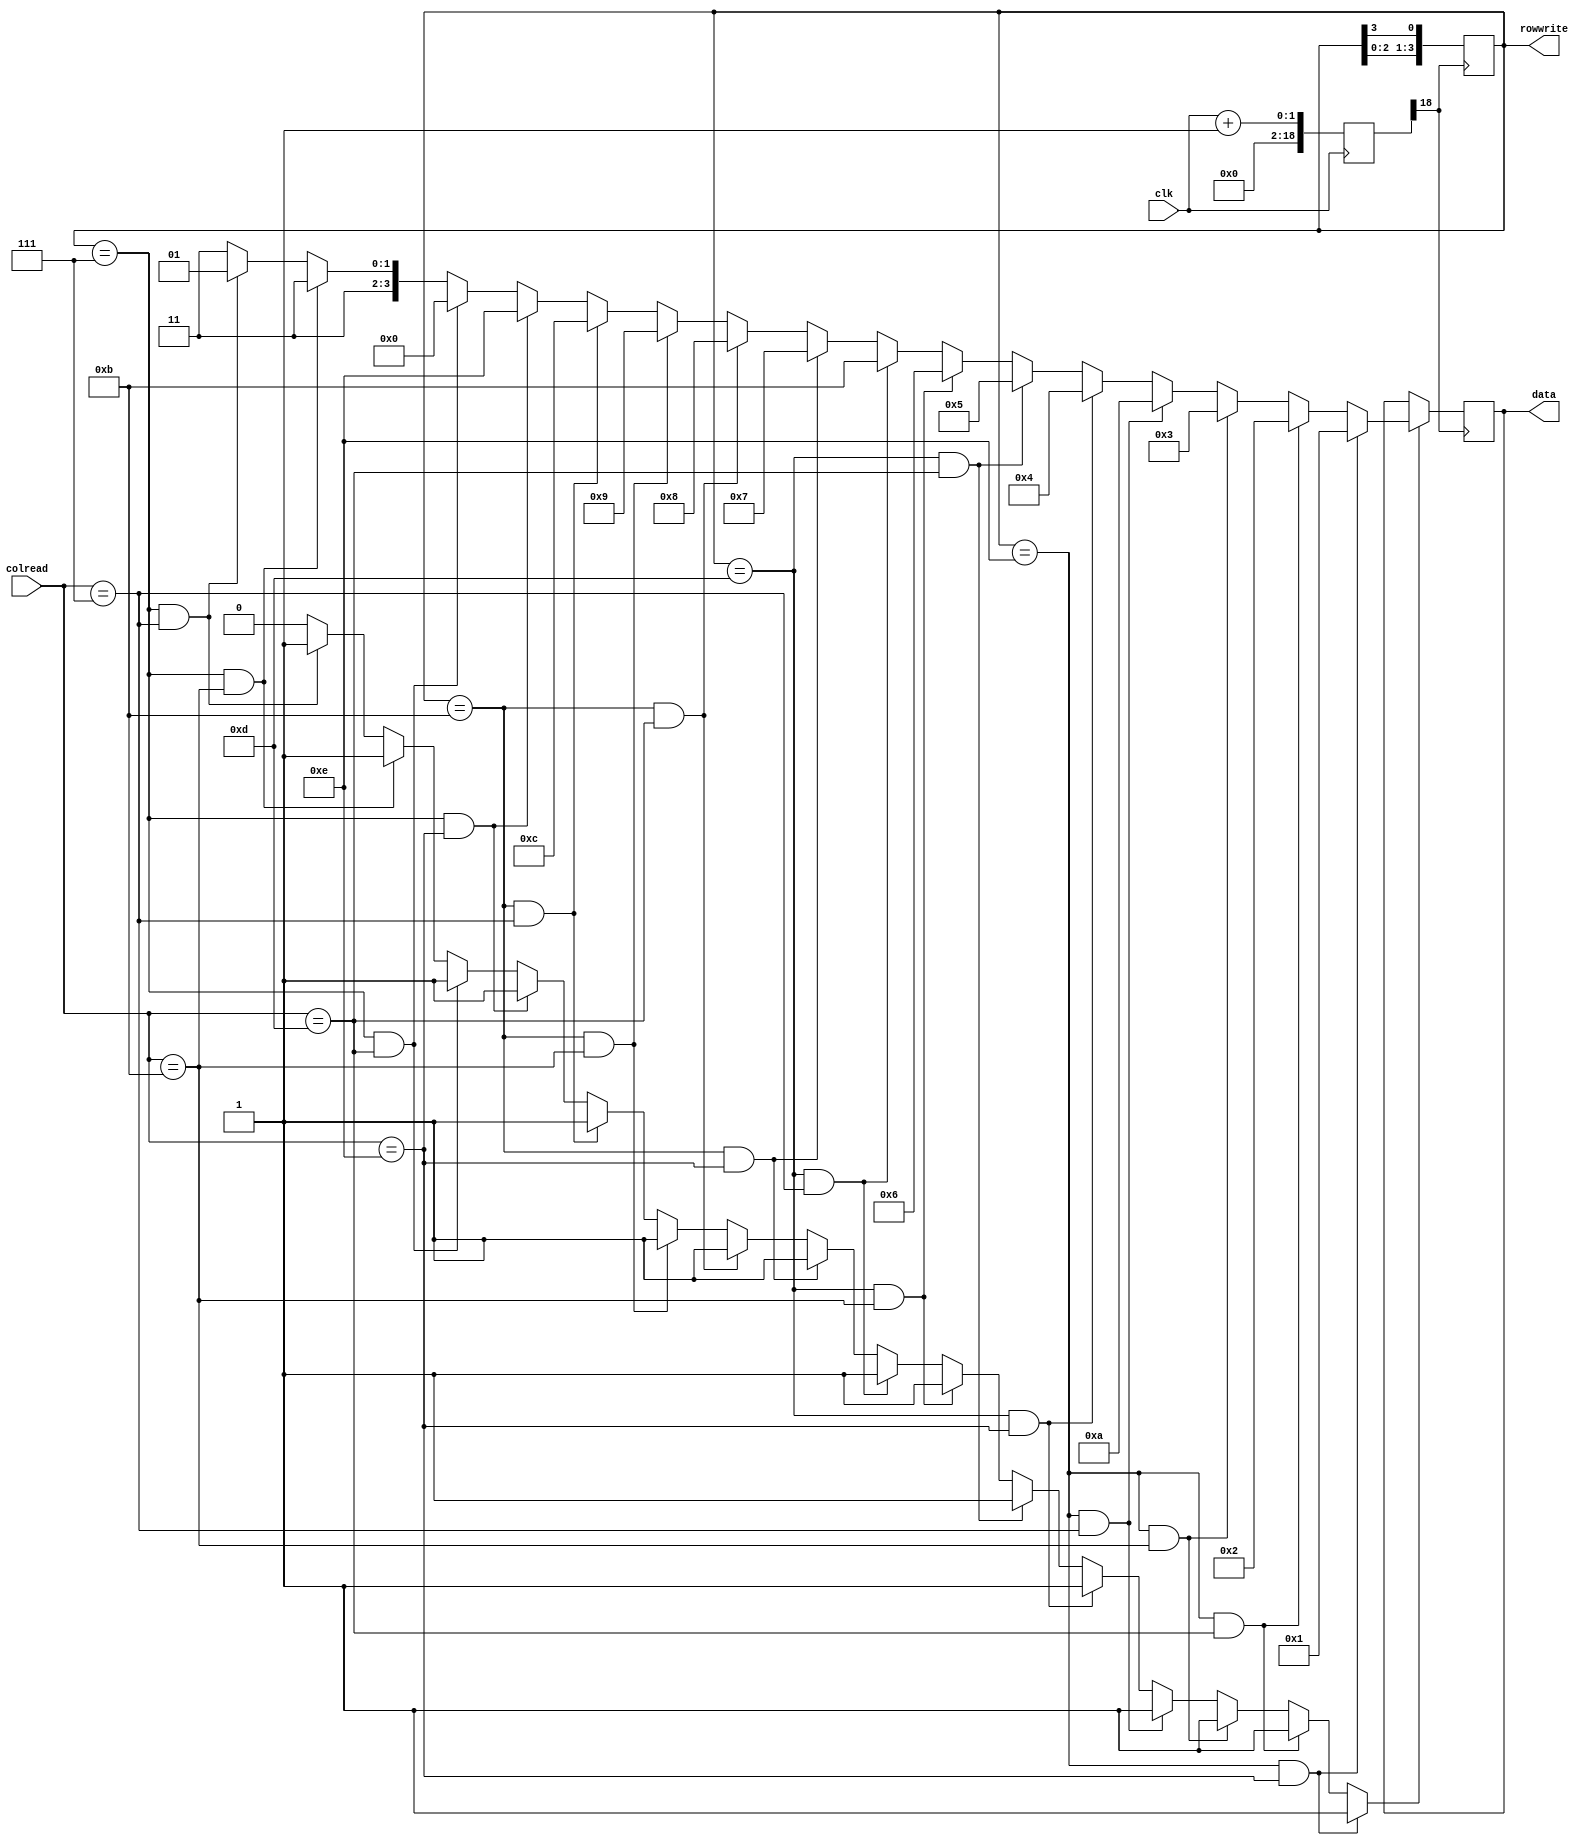
module keypad_ex1 (
		output reg [3:0] rowwrite,
		input [3:0] colread,
		input clk,
		output reg [3:0] data 
);

reg [25:0] clk1;
reg [3:0] keyread;
reg rowpressed;

always @(posedge clk)
	clk1 <= clk+1;
	
always @(posedge clk1[18])
	rowwrite <= {rowwrite[2:0], rowwrite[3]};

always @(*)
	if (rowwrite == 4'b1110 && colread == 4'b1110)
		begin
			keyread = 4'h1;
			rowpressed = 1'b1;
		end
	else if (rowwrite == 4'b1110 && colread == 4'b1101)
		begin
			keyread = 4'h2;
			rowpressed = 1'b1;
		end
	else if (rowwrite == 4'b1110 && colread == 4'b1011)
		begin
			keyread = 4'h3;
			rowpressed = 1'b1;
		end
	else if (rowwrite == 4'b1110 && colread == 4'b0111)
		begin
			keyread = 4'hA;
			rowpressed = 1'b1;
		end
	else if (rowwrite == 4'b1101 && colread == 4'b1110)
		begin
			keyread = 4'h4;
			rowpressed = 1'b1;
		end
	else if (rowwrite == 4'b1101 && colread == 4'b1101)
		begin
			keyread = 4'h5;
			rowpressed = 1'b1;
		end
	else if (rowwrite == 4'b1101 && colread == 4'b1011)
		begin
			keyread = 4'h6;
			rowpressed = 1'b1;
		end
	else if (rowwrite == 4'b1101 && colread == 4'b0111)
		begin
			keyread = 4'hb;
			rowpressed = 1'b1;
		end
	else if (rowwrite == 4'b1011 && colread == 4'b1110)
		begin
			keyread = 4'h7;
			rowpressed = 1'b1;
		end
	else if (rowwrite == 4'b1011 && colread == 4'b1101)
		begin
			keyread = 4'h8;
			rowpressed = 1'b1;
		end
	else if (rowwrite == 4'b1011 && colread == 4'b1011)
		begin
			keyread = 4'h9;
			rowpressed = 1'b1;
		end
	else if (rowwrite == 4'b1011 && colread == 4'b0111)
		begin
			keyread = 4'hc;
			rowpressed = 1'b1;
		end
	else if (rowwrite == 4'b0111 && colread == 4'b1110)
		begin
			keyread = 4'he;
			rowpressed = 1'b1;
		end
	else if (rowwrite == 4'b0111 && colread == 4'b1101)
		begin
			keyread = 4'h0;
			rowpressed = 1'b1;
		end
	else if (rowwrite == 4'b0111 && colread == 4'b1011)
		begin
			keyread = 4'hf;
			rowpressed = 1'b1;
		end
	else if (rowwrite == 4'b0111 && colread == 4'b0111)
		begin
			keyread = 4'hd;
			rowpressed = 1'b1;
		end
	else 
		begin
			keyread = 4'hf;
			rowpressed = 1'b0;
		end

always @(posedge clk1[18])
	if(rowpressed==1)
		data <= keyread;
	
initial rowwrite = 4'b1110;

endmodule